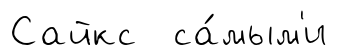
Сайкс са́мым'и